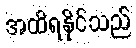
အထိရနိုင်သည်